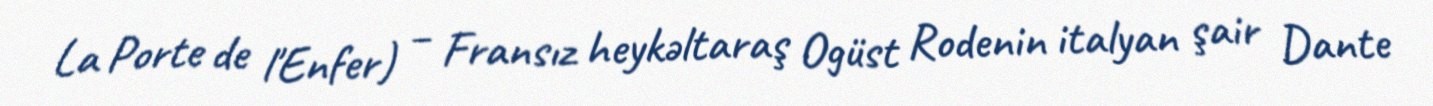
La Porte de l'Enfer) – Fransız heykəltaraş Ogüst Rodenin italyan şair Dante